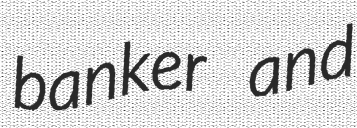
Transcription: banker and